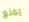
يمنع